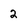
Character: 2